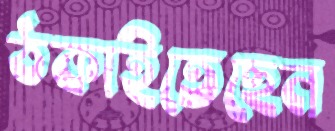
ঠকাইতেছেন